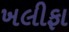
ખલીફા